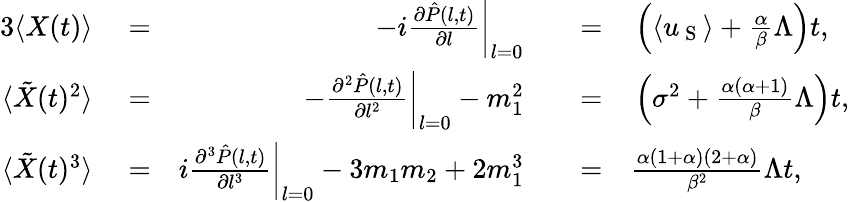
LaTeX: \begin{array}{rlrlrl}{{3}\langle X(t)\rangle}&{{}=}&{\left.-i\frac{\partial\hat{P}(l,t)}{\partial l}\right\vert_{l=0}}&{{}}&{=}&{{}\left(\langle u_{\mathrm{~S~}}\rangle+\frac{\alpha}{\beta}\Lambda\right)t,}\\ {\langle\tilde{X}(t)^{2}\rangle}&{{}=}&{\left.-\frac{\partial^{2}\hat{P}(l,t)}{\partial l^{2}}\right\vert_{l=0}-m_{1}^{2}}&{{}}&{=}&{{}\left(\sigma^{2}+\frac{\alpha(\alpha+1)}{\beta}\Lambda\right)t,}\\ {\langle\tilde{X}(t)^{3}\rangle}&{{}=}&{\left.i\frac{\partial^{3}\hat{P}(l,t)}{\partial l^{3}}\right\vert_{l=0}-3m_{1}m_{2}+2m_{1}^{3}}&{{}}&{=}&{{}\frac{\alpha(1+\alpha)(2+\alpha)}{\beta^{2}}\Lambda t,}\end{array}